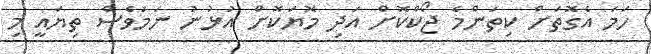
ހަމަ އެގޮތަށް ކިތަންމެ ޖޯކްކޮށް އަދި މޮޔަކޮށް އުޅުނު ނަމަވެސް ތިޔައީ މި